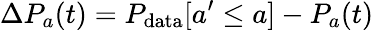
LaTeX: \Delta P_{a}(t)=P_{\mathrm{data}}[a^{\prime}\leq a]-P_{a}(t)